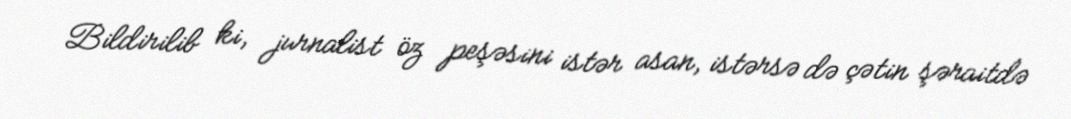
Bildirilib ki, jurnalist öz peşəsini istər asan, istərsə də çətin şəraitdə